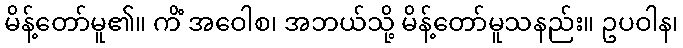
မိန့်တော်မူ၏။ ကိံ အဝေါစ၊ အဘယ်သို့ မိန့်တော်မူသနည်း။ ဥပဝါန၊